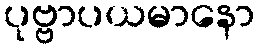
ပုဗ္ဗာပယမာနော